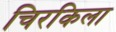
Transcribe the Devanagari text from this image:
चिरकिला